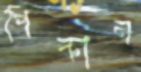
পিকান